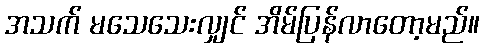
အသက် မသေသေးလျှင် အိမ်ပြန်လာတော့မည်။